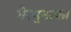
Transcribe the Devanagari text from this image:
गैरमुनाफा